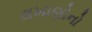
લખાણોનો